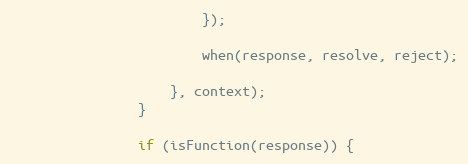
Language: JavaScript
                        });

                        when(response, resolve, reject);

                    }, context);
                }

                if (isFunction(response)) {